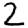
Digit: 2